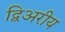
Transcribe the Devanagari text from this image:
द्विअरीय